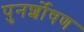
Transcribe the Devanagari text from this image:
पुनर्शोषण